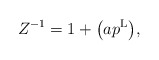
\begin{gather*}Z^{-1}=1+\big(a p^{\rm L}\big),\end{gather*}